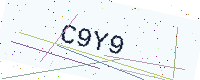
Text: C9Y9